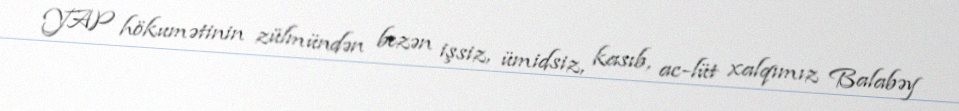
YAP hökumətinin zülmündən bezən işsiz, ümidsiz, kasıb, ac-lüt xalqımız Balabəy